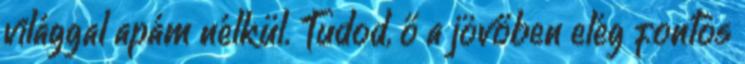
világgal apám nélkül. Tudod, ő a jövőben elég fontos